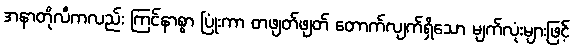
အနာတိုလီကလည်း ကြင်နာစွာ ပြုံးကာ တဖျတ်ဖျတ် တောက်လျက်ရှိသော မျက်လုံးများဖြင့်